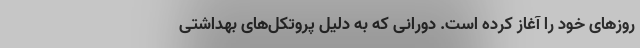
روزهای خود را آغاز کرده است. دورانی که به دلیل پروتکل‌های بهداشتی